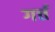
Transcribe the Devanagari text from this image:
गर्त्त